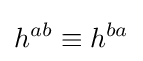
h^{ab}\equiv h^{ba}